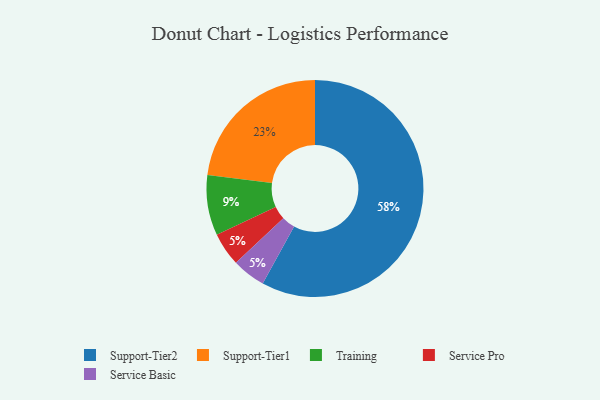
{"axis": {"x": "Category", "y": "Percentage"}, "legend": ["Service Basic", "Service Pro", "Support-Tier1", "Support-Tier2", "Training"], "data": [{"x": "Support-Tier2", "y": 58, "type": "Support-Tier2"}, {"x": "Training", "y": 9, "type": "Training"}, {"x": "Service Pro", "y": 5, "type": "Service Pro"}, {"x": "Service Basic", "y": 5, "type": "Service Basic"}, {"x": "Support-Tier1", "y": 23, "type": "Support-Tier1"}]}